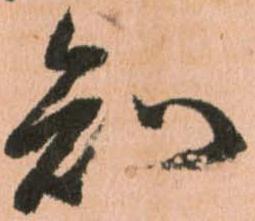
知